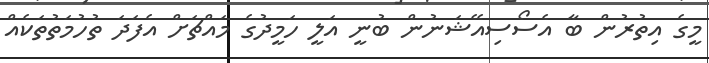
މީގެ އިތުރުން ބާ އެސޯސިއޭޝަނުން ބުނީ އަލީ ހަމީދުގެ މައްޗަށް އެފަދަ ތުހުމަތުތަކެއް